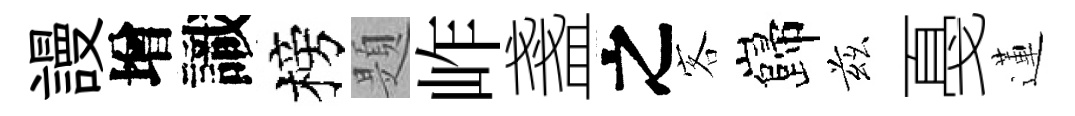
謾增識榜題岞盞之客巋兹戞蓮